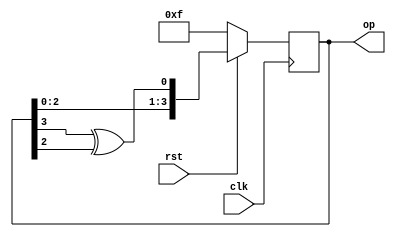
`timescale 1ns / 1ps
module LFSR(input rst,clk,output reg [3:0]op);
reg w1; 
always@(posedge clk) 
begin 
if(!rst)
op<=4'b1111;
else 
begin 
op<={op[2:0],(op[3] ^ op[2])};
end
end
endmodule